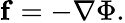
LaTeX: \mathbf{f}=-\nabla\Phi.